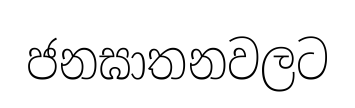
ජනඝාතනවලට